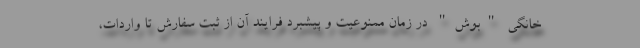
خانگی "بوش" در زمان ممنوعیت و پیشبرد فرایند آن از ثبت سفارش تا واردات،